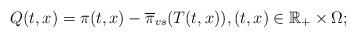
LaTeX: \begin{align*}Q(t,x) = \pi(t,x) - \overline{\pi}_{vs} (T(t,x)),(t,x) \in \mathbb{R}_+ \times \Omega;\end{align*}